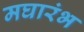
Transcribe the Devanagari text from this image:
मघारंभ